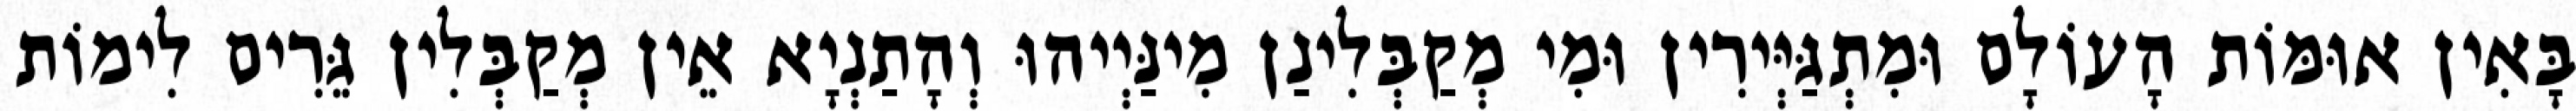
בָּאִין אוּמּוֹת הָעוֹלָם וּמִתְגַּיְּירִין וּמִי מְקַבְּלִינַן מִינַּיְיהוּ וְהָתַנְיָא אֵין מְקַבְּלִין גֵּרִים לִימוֹת